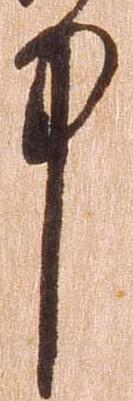
中